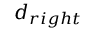
d _ { r i g h t }